Source: Handwritten
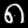
Digit: ၈ (8)